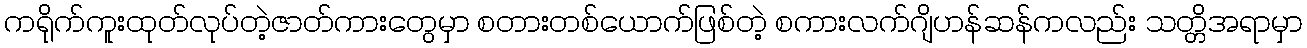
ကရိုက်ကူးထုတ်လုပ်တဲ့ဇာတ်ကားတွေမှာ စတားတစ်ယောက်ဖြစ်တဲ့ စကားလက်ဂျိဟန်ဆန်ကလည်း သတ္တိအရာမှာ